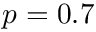
p = 0 . 7